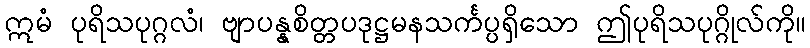
ဣမံ ပုရိသပုဂ္ဂလံ၊ ဗျာပန္နစိတ္တပဒုဋ္ဌမနသင်္ကပ္ပရှိသော ဤပုရိသပုဂ္ဂိုလ်ကို။